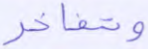
وتفاخر